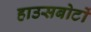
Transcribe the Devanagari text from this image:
हाउसबोटों